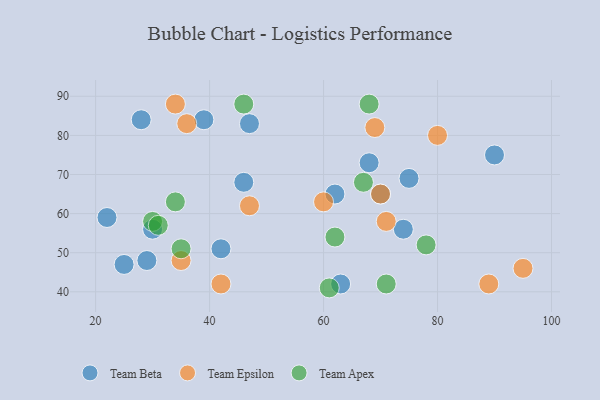
{"axis": {"x": "GDP", "y": "Life Expectancy"}, "legend": ["Team Apex", "Team Beta", "Team Epsilon"], "data": [{"x": "75", "y": 69, "type": "Team Beta"}, {"x": "25", "y": 47, "type": "Team Beta"}, {"x": "70", "y": 65, "type": "Team Beta"}, {"x": "28", "y": 84, "type": "Team Beta"}, {"x": "47", "y": 83, "type": "Team Beta"}, {"x": "62", "y": 65, "type": "Team Beta"}, {"x": "46", "y": 68, "type": "Team Beta"}, {"x": "22", "y": 59, "type": "Team Beta"}, {"x": "74", "y": 56, "type": "Team Beta"}, {"x": "42", "y": 51, "type": "Team Beta"}, {"x": "90", "y": 75, "type": "Team Beta"}, {"x": "29", "y": 48, "type": "Team Beta"}, {"x": "63", "y": 42, "type": "Team Beta"}, {"x": "30", "y": 56, "type": "Team Beta"}, {"x": "68", "y": 73, "type": "Team Beta"}, {"x": "39", "y": 84, "type": "Team Beta"}, {"x": "70", "y": 65, "type": "Team Epsilon"}, {"x": "95", "y": 46, "type": "Team Epsilon"}, {"x": "71", "y": 58, "type": "Team Epsilon"}, {"x": "47", "y": 62, "type": "Team Epsilon"}, {"x": "80", "y": 80, "type": "Team Epsilon"}, {"x": "36", "y": 83, "type": "Team Epsilon"}, {"x": "69", "y": 82, "type": "Team Epsilon"}, {"x": "60", "y": 63, "type": "Team Epsilon"}, {"x": "89", "y": 42, "type": "Team Epsilon"}, {"x": "42", "y": 42, "type": "Team Epsilon"}, {"x": "34", "y": 88, "type": "Team Epsilon"}, {"x": "35", "y": 48, "type": "Team Epsilon"}, {"x": "62", "y": 54, "type": "Team Apex"}, {"x": "46", "y": 88, "type": "Team Apex"}, {"x": "68", "y": 88, "type": "Team Apex"}, {"x": "78", "y": 52, "type": "Team Apex"}, {"x": "71", "y": 42, "type": "Team Apex"}, {"x": "35", "y": 51, "type": "Team Apex"}, {"x": "30", "y": 58, "type": "Team Apex"}, {"x": "34", "y": 63, "type": "Team Apex"}, {"x": "31", "y": 57, "type": "Team Apex"}, {"x": "61", "y": 41, "type": "Team Apex"}, {"x": "67", "y": 68, "type": "Team Apex"}]}